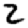
Digit: 2